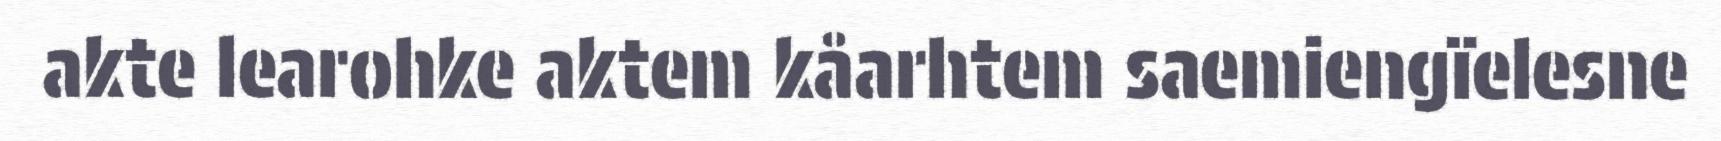
akte learohke aktem kåarhtem saemiengïelesne